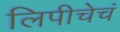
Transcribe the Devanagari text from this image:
लिपीचेचं